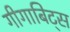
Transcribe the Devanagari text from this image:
गीगाबिट्स